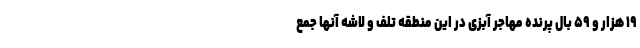
۱۹ هزار و ۵۹ بال پرنده مهاجر آبزی در این منطقه تلف و لاشه آنها جمع